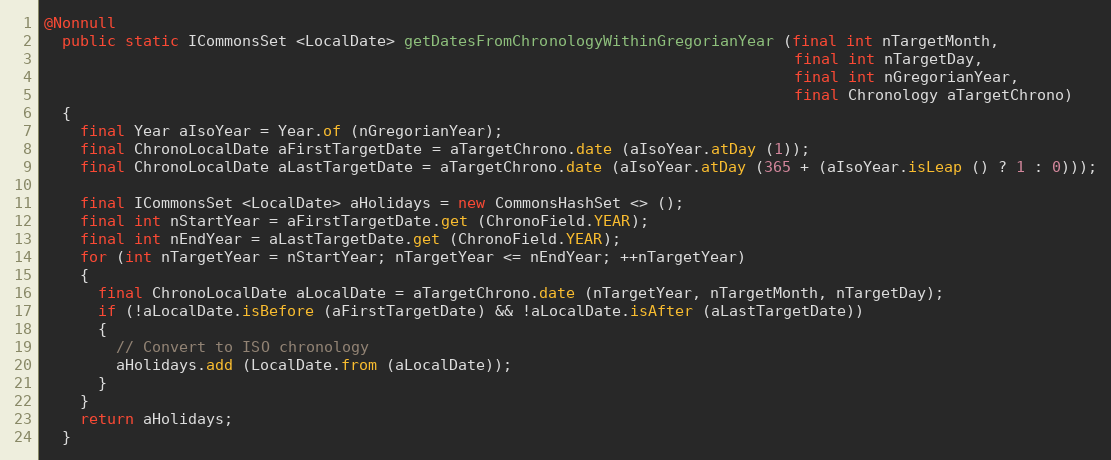
Language: Java
@Nonnull
  public static ICommonsSet <LocalDate> getDatesFromChronologyWithinGregorianYear (final int nTargetMonth,
                                                                                   final int nTargetDay,
                                                                                   final int nGregorianYear,
                                                                                   final Chronology aTargetChrono)
  {
    final Year aIsoYear = Year.of (nGregorianYear);
    final ChronoLocalDate aFirstTargetDate = aTargetChrono.date (aIsoYear.atDay (1));
    final ChronoLocalDate aLastTargetDate = aTargetChrono.date (aIsoYear.atDay (365 + (aIsoYear.isLeap () ? 1 : 0)));

    final ICommonsSet <LocalDate> aHolidays = new CommonsHashSet <> ();
    final int nStartYear = aFirstTargetDate.get (ChronoField.YEAR);
    final int nEndYear = aLastTargetDate.get (ChronoField.YEAR);
    for (int nTargetYear = nStartYear; nTargetYear <= nEndYear; ++nTargetYear)
    {
      final ChronoLocalDate aLocalDate = aTargetChrono.date (nTargetYear, nTargetMonth, nTargetDay);
      if (!aLocalDate.isBefore (aFirstTargetDate) && !aLocalDate.isAfter (aLastTargetDate))
      {
        // Convert to ISO chronology
        aHolidays.add (LocalDate.from (aLocalDate));
      }
    }
    return aHolidays;
  }